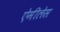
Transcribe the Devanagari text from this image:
ऐमीलेस